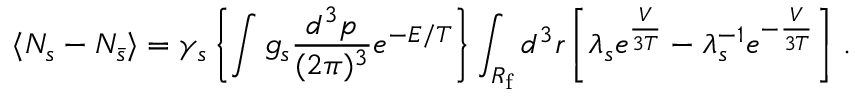
\langle N _ { s } - N _ { \bar { s } } \rangle = \gamma _ { s } \left\{ \int g _ { s } \frac { d ^ { 3 } p } { ( 2 \pi ) ^ { 3 } } e ^ { - E / T } \right\} \int _ { R _ { \mathrm { f } } } d ^ { 3 } r \left[ \lambda _ { s } e ^ { \frac V { 3 T } } - \lambda _ { s } ^ { - 1 } e ^ { - \frac V { 3 T } } \right] \, .